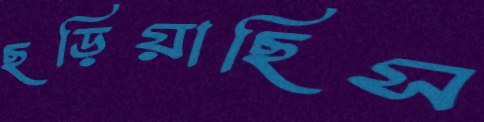
ছড়িয়াছিস